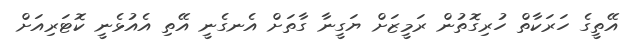
އޭތީގެ ހަރަކާތް ހުރިގޮތުން ރަމީޒަށް ޔަގީނާ ގާތަށް އެނގެނީ އޭތި އެއުޅެނީ ކޮޓަރިއަށް